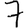
Digit: 7